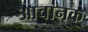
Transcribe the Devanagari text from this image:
आचानक